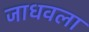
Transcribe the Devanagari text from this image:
जाधवला